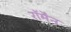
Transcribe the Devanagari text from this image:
रॉमैन